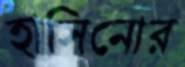
হাসিনোর